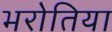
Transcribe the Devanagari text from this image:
भरोतिया